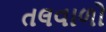
તલવાળો